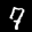
Label: 7